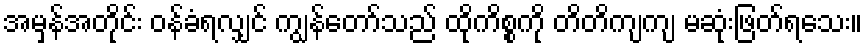
အမှန်အတိုင်း ဝန်ခံရလျှင် ကျွန်တော်သည် ထိုကိစ္စကို တိတိကျကျ မဆုံးဖြတ်ရသေး။